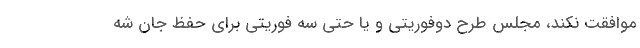
موافقت نکند، مجلس طرح دوفوریتی و یا حتی سه فوریتی برای حفظ جان شه